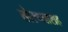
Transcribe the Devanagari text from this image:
तोरण्यासह